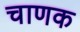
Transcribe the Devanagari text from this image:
चाणक